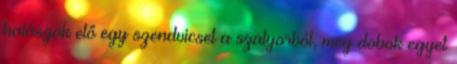
halászok elő egy szendvicset a szatyorból, meg dobok egyet